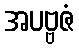
အပဗ္ဗဇံ